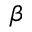
\beta